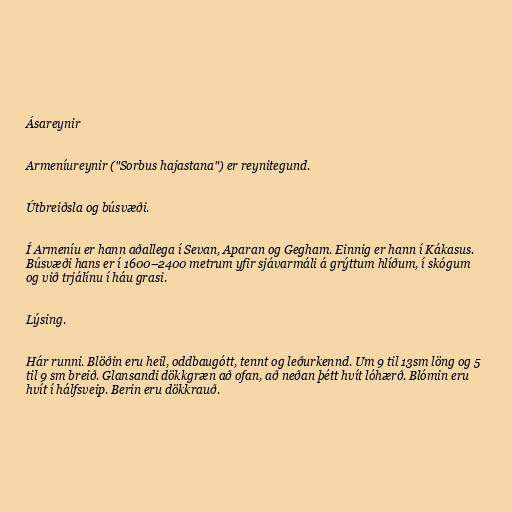
Ásareynir

Armeníureynir ("Sorbus hajastana") er reynitegund.

Útbreiðsla og búsvæði.

Í Armeníu er hann aðallega í Sevan, Aparan og Gegham. Einnig er hann í Kákasus.
Búsvæði hans er í 1600–2400 metrum yfir sjávarmáli á grýttum hlíðum, í skógum
og við trjálínu í háu grasi.

Lýsing.

Hár runni. Blöðin eru heil, oddbaugótt, tennt og leðurkennd. Um 9 til 13sm löng og 5
til 9 sm breið. Glansandi dökkgræn að ofan, að neðan þétt hvít lóhærð. Blómin eru
hvít í hálfsveip. Berin eru dökkrauð.